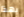
بهذا